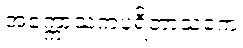
အက္ကောသကပရိဘာသကေ